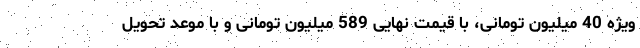
ویژه 40 میلیون تومانی، با قیمت نهایی 589 میلیون تومانی و با موعد تحویل